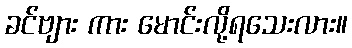
ခင်ဗျား ကား မောင်းလို့ရသေးလား။